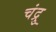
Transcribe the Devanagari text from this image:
चंद्रु